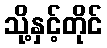
သို့နှင့်တိုင်